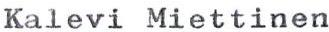
Kalevi Miettinen